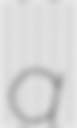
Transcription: a